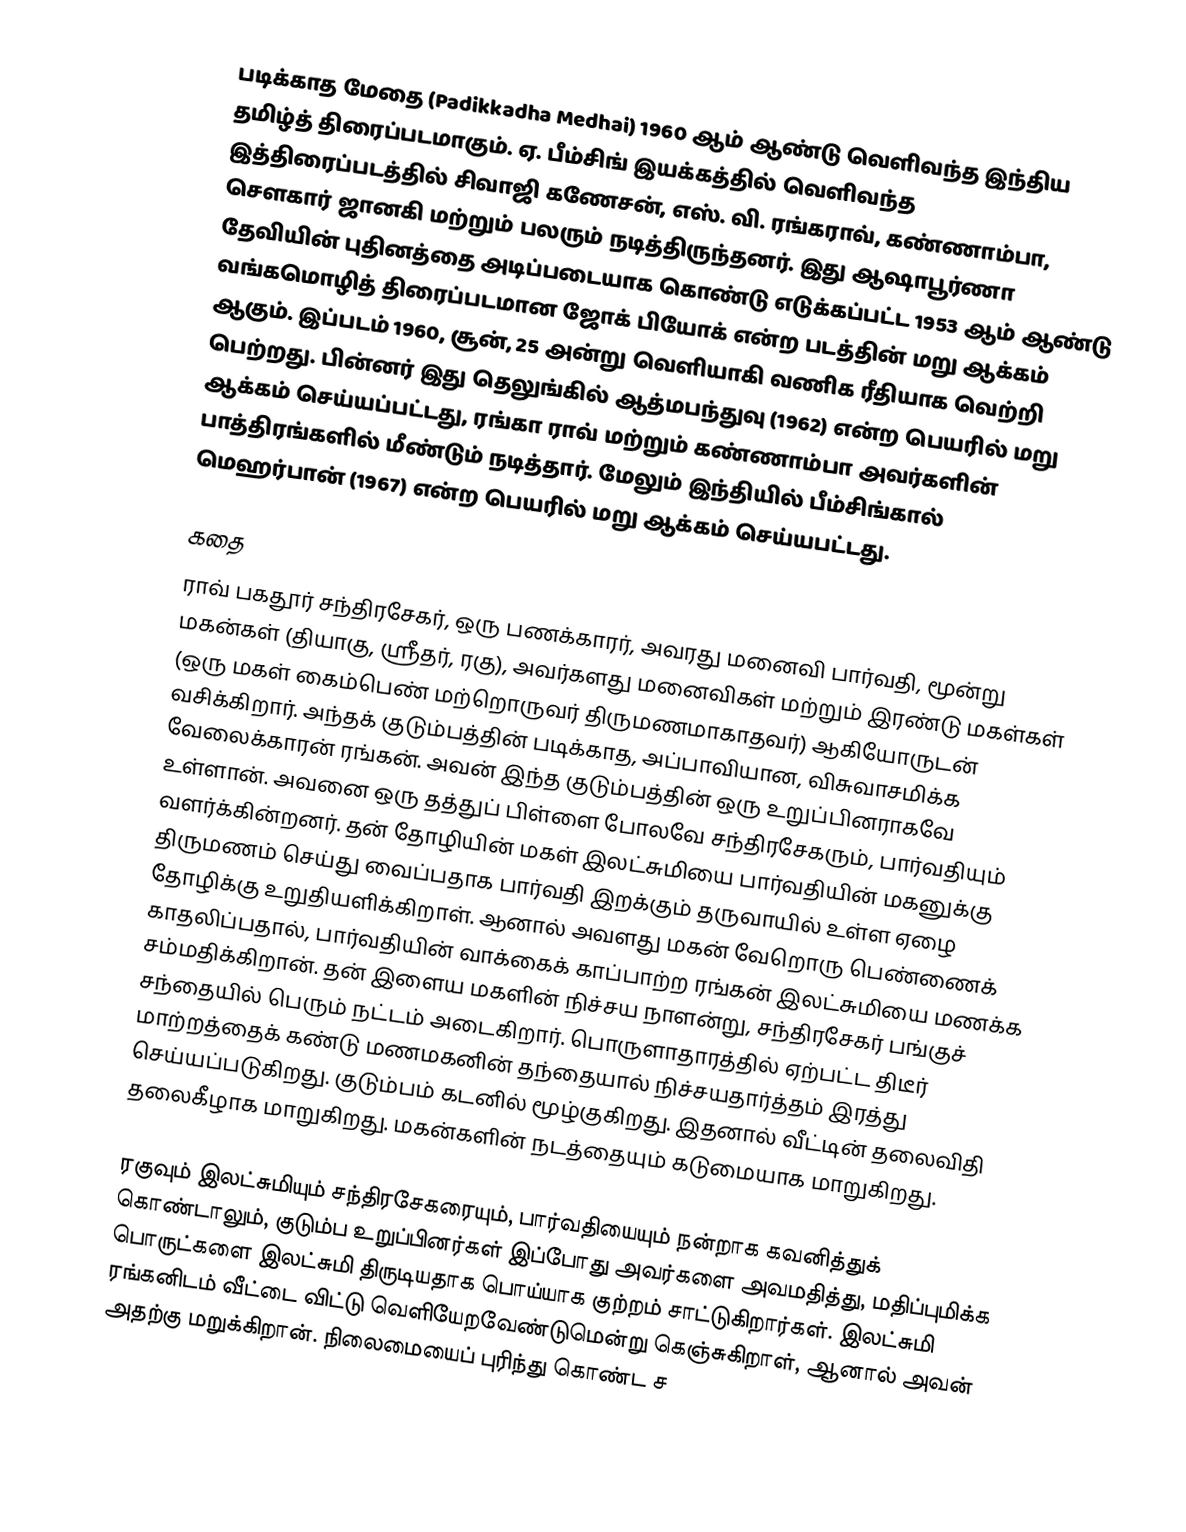
படிக்காத மேதை (Padikkadha Medhai) 1960 ஆம் ஆண்டு வெளிவந்த இந்திய தமிழ்த் திரைப்படமாகும். ஏ. பீம்சிங் இயக்கத்தில் வெளிவந்த இத்திரைப்படத்தில் சிவாஜி கணேசன், எஸ். வி. ரங்கராவ், கண்ணாம்பா, சௌகார் ஜானகி மற்றும் பலரும் நடித்திருந்தனர். இது ஆஷாபூர்ணா தேவியின் புதினத்தை அடிப்படையாக கொண்டு எடுக்கப்பட்ட 1953 ஆம் ஆண்டு வங்கமொழித் திரைப்படமான ஜோக் பியோக் என்ற படத்தின் மறு ஆக்கம் ஆகும். இப்படம் 1960, சூன், 25 அன்று வெளியாகி வணிக ரீதியாக வெற்றி பெற்றது. பின்னர் இது தெலுங்கில் ஆத்மபந்துவு (1962) என்ற பெயரில் மறு ஆக்கம் செய்யப்பட்டது, ரங்கா ராவ் மற்றும் கண்ணாம்பா அவர்களின் பாத்திரங்களில் மீண்டும் நடித்தார். மேலும் இந்தியில் பீம்சிங்கால் மெஹர்பான் (1967) என்ற பெயரில் மறு ஆக்கம் செய்யபட்டது.

கதை
ராவ் பகதூர் சந்திரசேகர், ஒரு பணக்காரர், அவரது மனைவி பார்வதி, மூன்று மகன்கள் (தியாகு, ஸ்ரீதர், ரகு), அவர்களது மனைவிகள் மற்றும் இரண்டு மகள்கள் (ஒரு மகள் கைம்பெண் மற்றொருவர் திருமணமாகாதவர்) ஆகியோருடன் வசிக்கிறார். அந்தக் குடும்பத்தின் படிக்காத, அப்பாவியான, விசுவாசமிக்க வேலைக்காரன் ரங்கன். அவன் இந்த குடும்பத்தின் ஒரு உறுப்பினராகவே உள்ளான்.  அவனை ஒரு தத்துப் பிள்ளை போலவே சந்திரசேகரும், பார்வதியும் வளர்க்கின்றனர். தன் தோழியின் மகள் இலட்சுமியை பார்வதியின் மகனுக்கு திருமணம் செய்து வைப்பதாக பார்வதி இறக்கும் தருவாயில் உள்ள ஏழை தோழிக்கு உறுதியளிக்கிறாள். ஆனால் அவளது மகன் வேறொரு பெண்ணைக் காதலிப்பதால், பார்வதியின் வாக்கைக் காப்பாற்ற ரங்கன் இலட்சுமியை மணக்க சம்மதிக்கிறான். தன் இளைய மகளின் நிச்சய நாளன்று, சந்திரசேகர் பங்குச் சந்தையில் பெரும் நட்டம் அடைகிறார். பொருளாதாரத்தில் ஏற்பட்ட திடீர் மாற்றத்தைக் கண்டு மணமகனின் தந்தையால் நிச்சயதார்த்தம் இரத்து செய்யப்படுகிறது. குடும்பம் கடனில் மூழ்குகிறது. இதனால் வீட்டின் தலைவிதி தலைகீழாக மாறுகிறது. மகன்களின் நடத்தையும் கடுமையாக மாறுகிறது.

ரகுவும் இலட்சுமியும் சந்திரசேகரையும், பார்வதியையும் நன்றாக கவனித்துக் கொண்டாலும், குடும்ப உறுப்பினர்கள் இப்போது அவர்களை அவமதித்து, மதிப்புமிக்க பொருட்களை இலட்சுமி திருடியதாக பொய்யாக குற்றம் சாட்டுகிறார்கள். இலட்சுமி ரங்கனிடம் வீட்டை விட்டு வெளியேறவேண்டுமென்று கெஞ்சுகிறாள், ஆனால் அவன் அதற்கு மறுக்கிறான். நிலைமையைப் புரிந்து கொண்ட ச